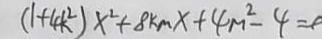
( 1 + 4 k ^ { 2 } ) x ^ { 2 } + 8 k m x + 4 m ^ { 2 } - 4 = 0